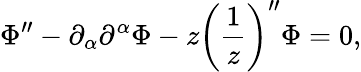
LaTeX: \Phi^{\prime\prime}-\partial_{\alpha}\partial^{\alpha}\Phi-z\biggl(\frac{1}{z}\biggr)^{\prime\prime}\Phi=0,